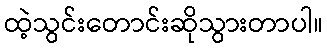
ထဲ့သွင်းတောင်းဆိုသွားတာပါ။